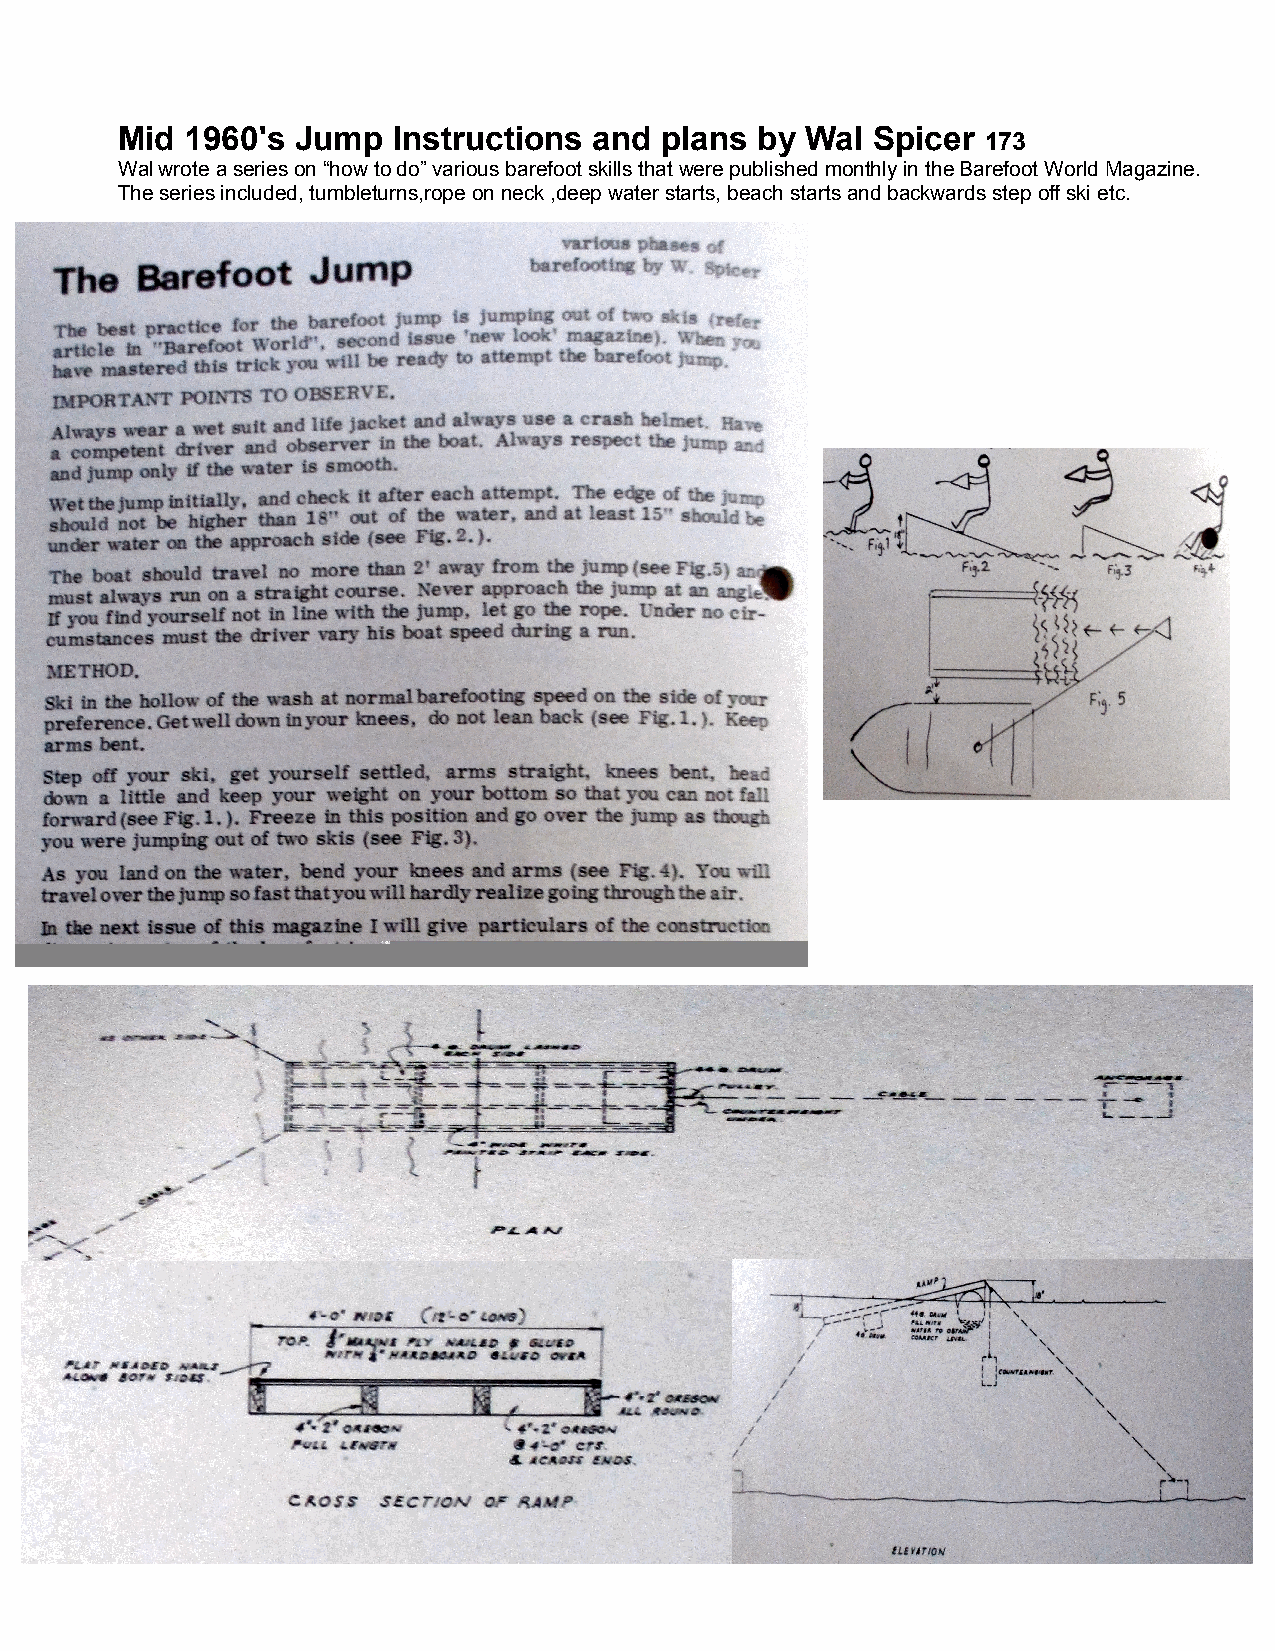
Mid 1960's  Jump  Instructions and  plans by Wal  Spicer
 173
 Wal wrote a series on “how to do” various barefoot skills that were published monthly in the Barefoot World Magazine.
 The series included, tumbleturns,rope on neck ,deep water starts, beach starts and backwards step off ski etc.